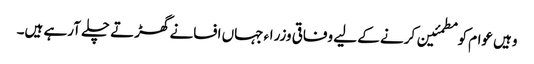
وہیں عوام کو مطمئین کرنے کے لیے وفاقی وزراء جہاں افسانے گھڑتے چلے آرہے ہیں۔